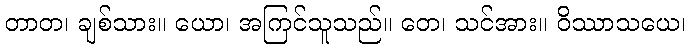
တာတ၊ ချစ်သား။ ယော၊ အကြင်သူသည်။ တေ၊ သင်အား။ ဝိဿာသယေ၊